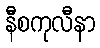
နီစကုလီနာ